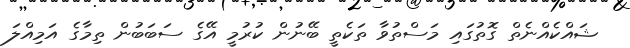
ޝައްކެއްނެތް ގޮތުގައި މަސްތުވާ ތަކެތީ ބޭނުން ކުރުމީ އޭގެ ސަބަބުން ތިމާގެ އަމިއްލަ